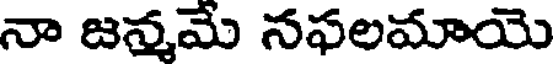
నా జన్మమే సఫలమాయె